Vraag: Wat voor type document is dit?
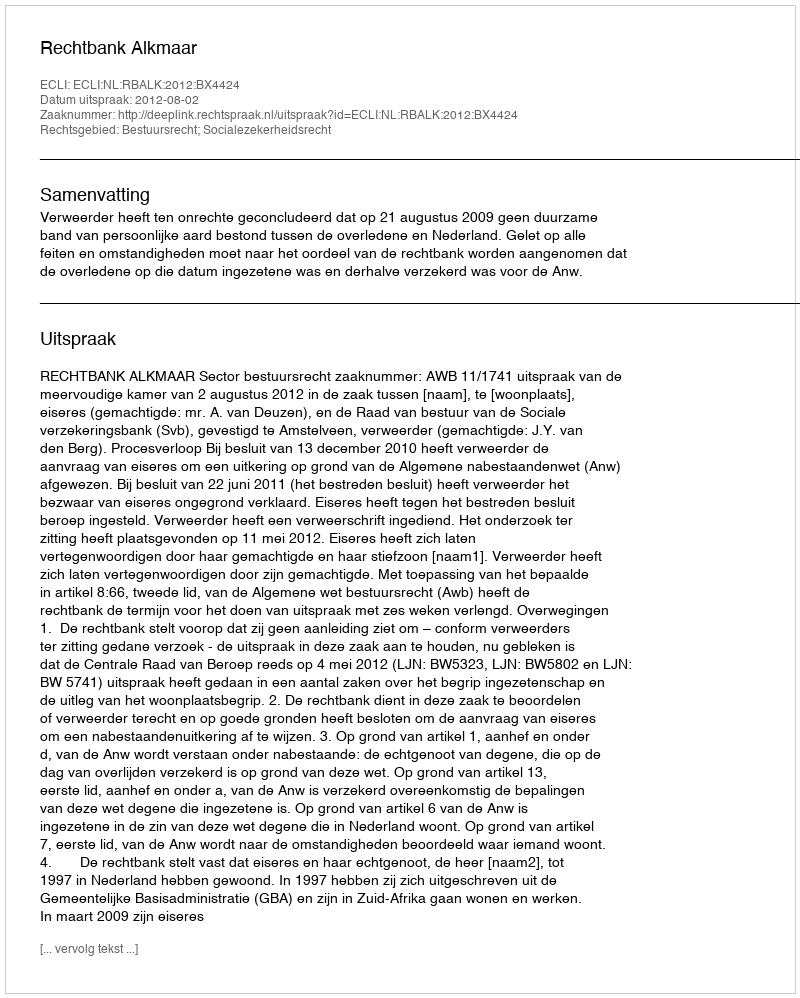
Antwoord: Uitspraak